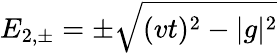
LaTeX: E_{2,\pm}=\pm\sqrt{(vt)^{2}-|g|^{2}}